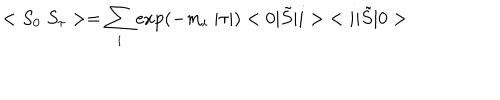
LaTeX: < S _ { 0 } \; S _ { \tau } > = \sum _ { i } \exp ( - m _ { i } \; | \tau | ) < 0 | \tilde { S } | i > \; < i | \tilde { S } | 0 >